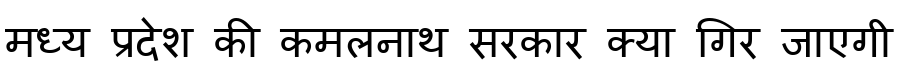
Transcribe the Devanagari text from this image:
मध्य प्रदेश की कमलनाथ सरकार क्या गिर जाएगी